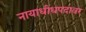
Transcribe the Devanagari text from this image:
नायाधीधपदावर